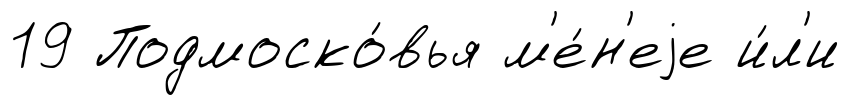
19 Подмоско́вья м'е́н'еjе и́л'и